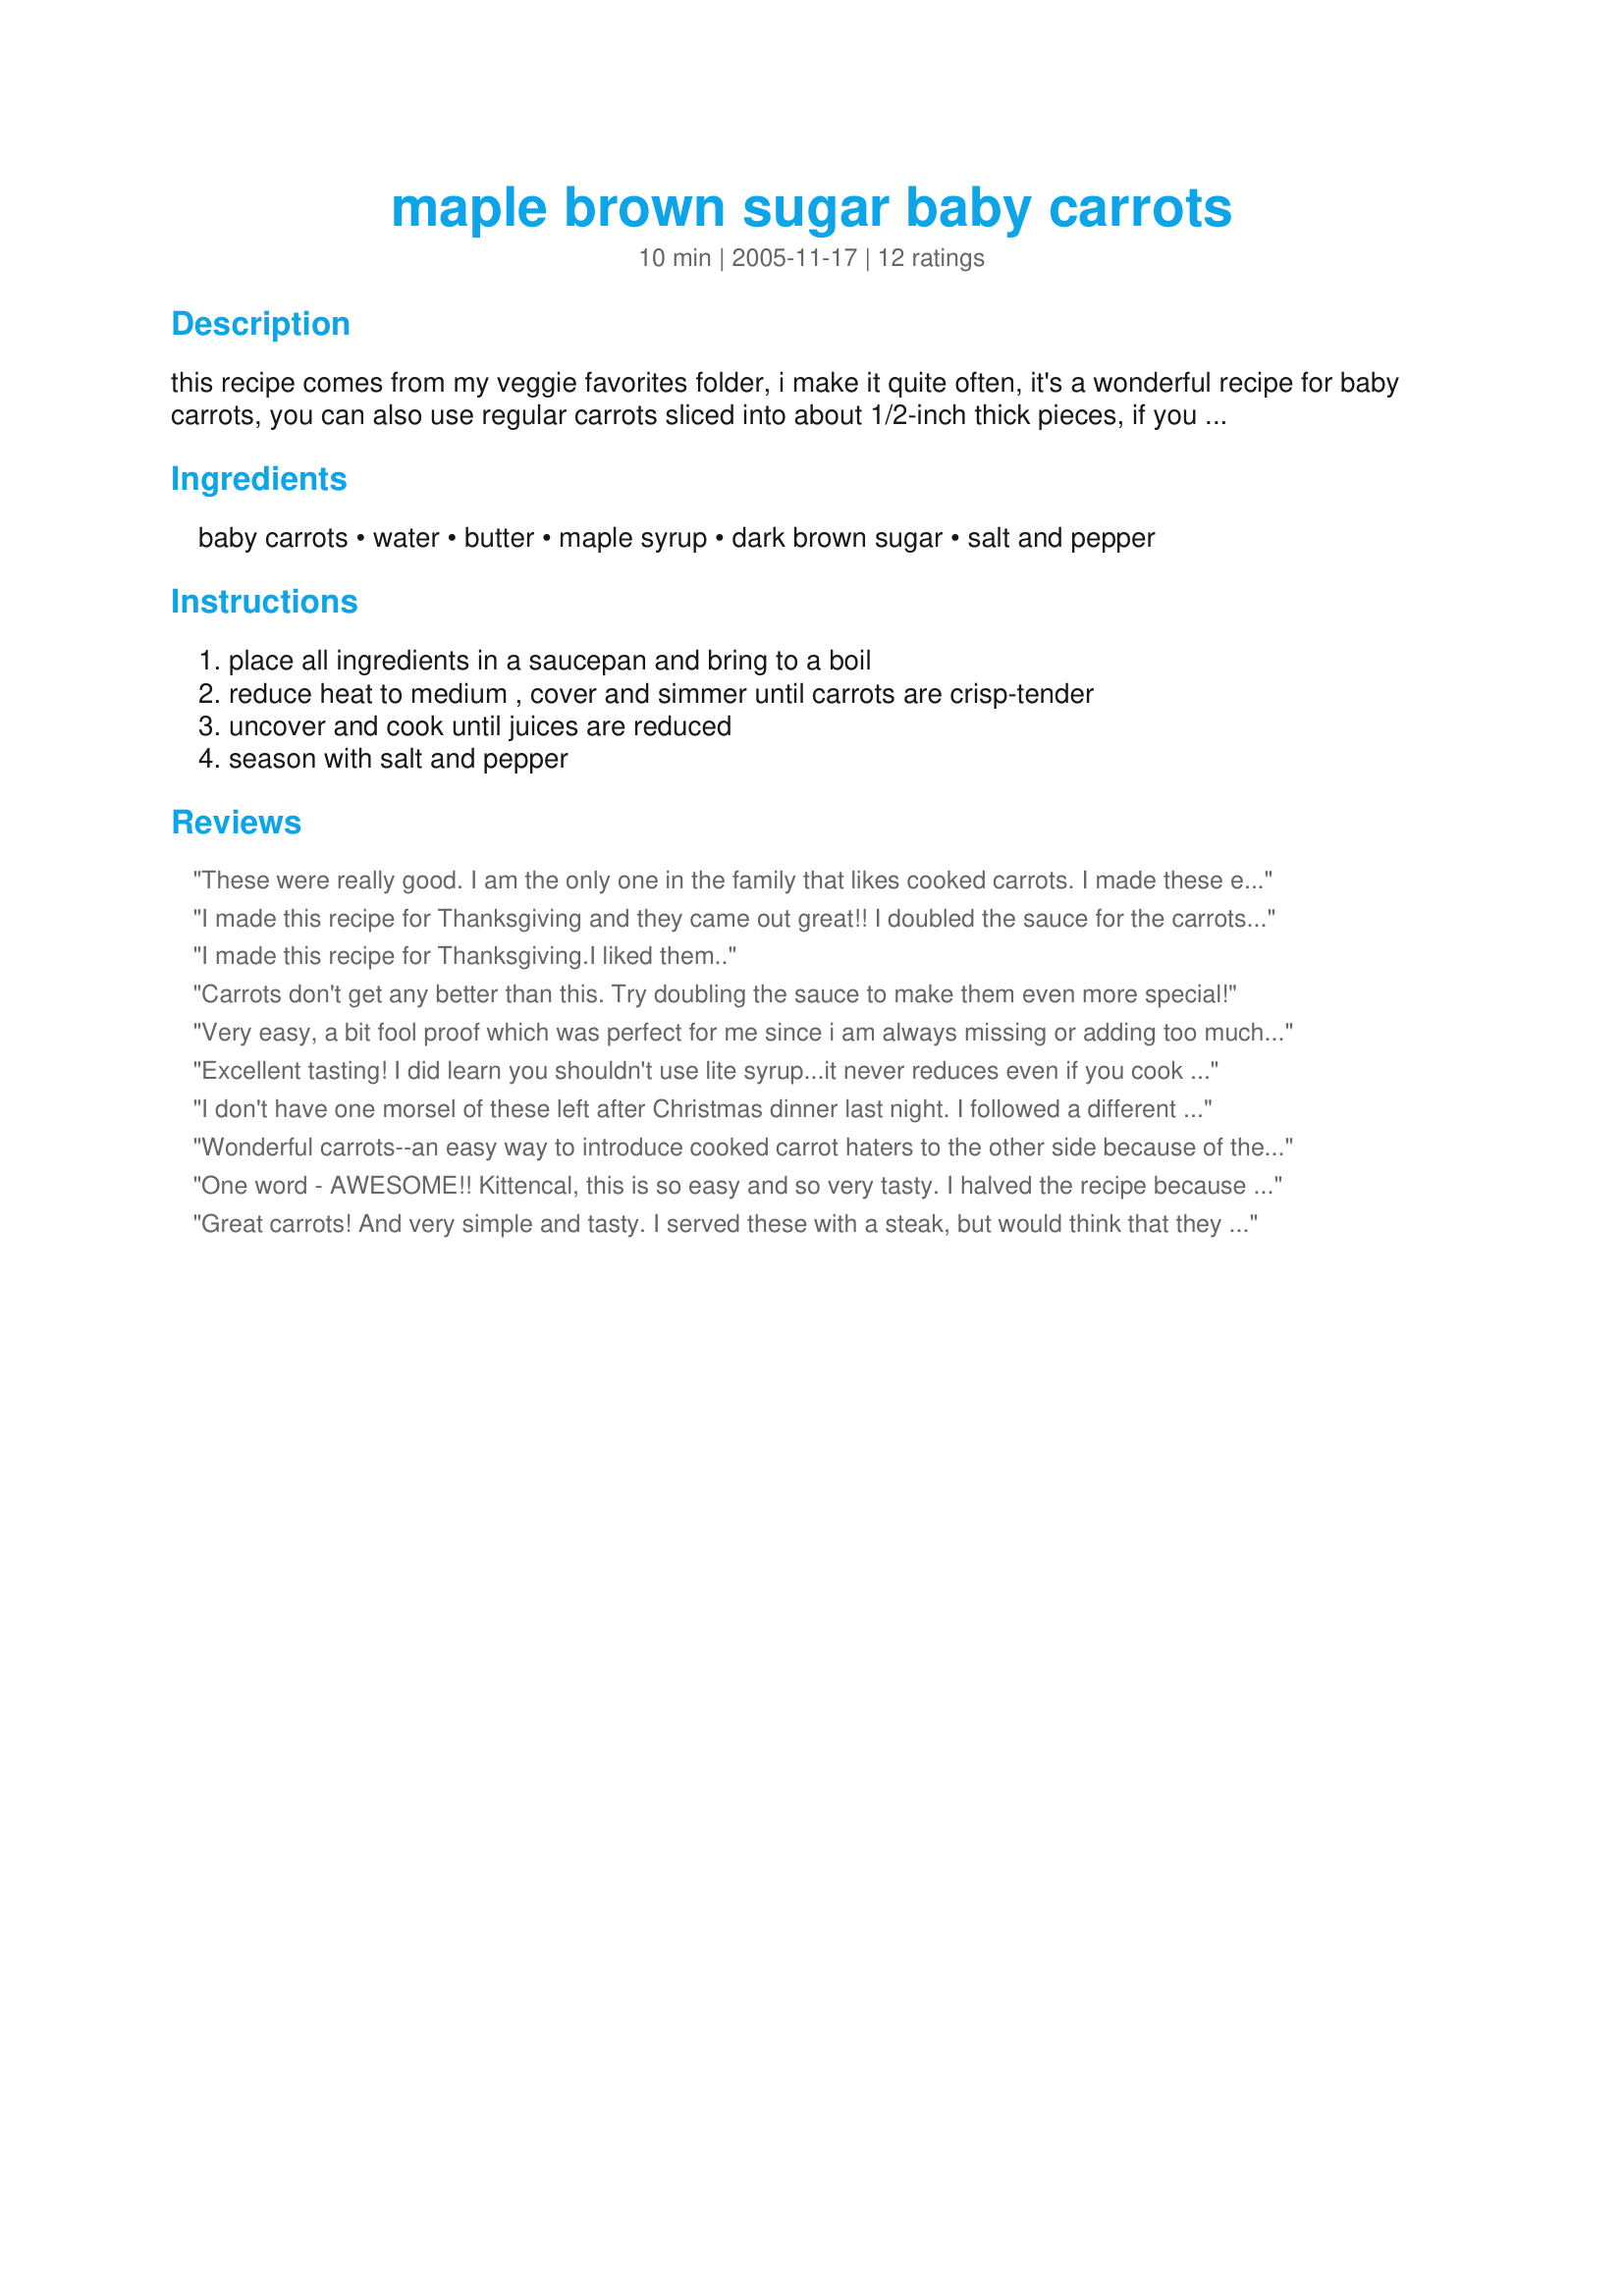
maple brown sugar baby carrots
Preparation time: 10 minutes

this recipe comes from my veggie favorites folder, i make it quite often, it's a wonderful recipe for baby carrots, you can also use regular carrots sliced into about 1/2-inch thick pieces, if you are making this to serve to guest, the baby carrots make for a nicer presentation. this complete recipe can be doubled.

Ingredients:
baby carrots, water, butter, maple syrup, dark brown sugar, salt and pepper

Steps:
place all ingredients in a saucepan and bring to a boil, reduce heat to medium , cover and simmer until carrots are crisp-tender, uncover and cook until juices are reduced, season with salt and pepper

Reviews:
These were really good. I am the only one in the family that likes cooked carrots. I made these exactly like the directions. Thank you for another way to fix them.
I made this recipe for Thanksgiving and they came out great!! I doubled the sauce for the carrots and let it reduce a little longer and it covered the carrots very well.
I made this recipe for Thanksgiving.I liked them..
Carrots don't get any better than this. Try doubling the sauce to make them even more special!
Very easy, a bit fool proof which was perfect for me since i am always missing or adding too much of something. Loved it!
Excellent tasting! I did learn you shouldn't use lite syrup...it never reduces even if you cook it for 20 minutes (which was totally my fault, but a good lesson learned). Definitely a keeper, though!
I don't have one morsel of these left after Christmas dinner last night. I followed a different procedure than the recipe indicated solely for timing purposes, but the recipe itself is exactly the same. I doubled the sauce, used pure Canadian Maple Syrup and made it separately from the carrots. The sauce thickened a bit as it cooled and I added a bit of cornstarch and water to the sauce to let it thicken since others said that the sauce didn't stick to the carrots very well. I steamed the carrots in the microwave to add to the sauce when it was almost time to serve dinner because I didn't want to be rushing when the Prime rib came out of the oven. When the carrots were about 3/4 done, I took them out of the microwave and let them simmer on the stove in the sauce. The sauce absorbed into the carrots and they had a very nice flavour and texture. I hadn't had any yet and I saw they were almost all gone on the table and I had to nab some before they all went... and they did. This is a really versatile recipe since I was able to make the sauce and carrots separately and then mix them together allowing to simmer and blend the flavours. This is a keeper, Kitten. I will make these again and again.
Wonderful carrots--an easy way to introduce cooked carrot haters to the other side because of their sweetness and crispness. I think most people hate cooked carrots due to their mushiness--if you follow the recipe, this won't happen.
One word - AWESOME!! Kittencal, this is so easy and so very tasty. I halved the recipe because I just had a few carrots but next time I'll go out to the store and get more if I have to; it's that good! Thanks again for a real winner.
Great carrots! And very simple and tasty. I served these with a steak, but would think that they would be wonderful with ham or pork with the maple flavor. Thanks once more Kit for another great keeper. Made for Zaar Stars tag game.
These were good but next time I am going to double the sauce and see if that doesn't help the sauce stick better to the carrots.
I made these up ahead of time for Christmas. I steamed the carrots, then put them in a plastic zip lock bag for easy storage. Obviously, if I had cooked them according to directions, they would have turned out better, but because of lack of stove space, they turned out suprisingly well (if not a bit runny side). Maybe next time, I will cut down on the butter and let the maple syrup shine through!!! On the whole, a very nice recipe. Thanks Kittencal for coming through with another good one!!!
